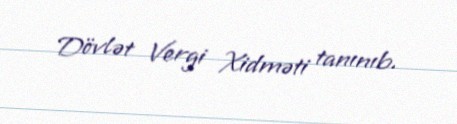
Dövlət Vergi Xidməti tanınıb.